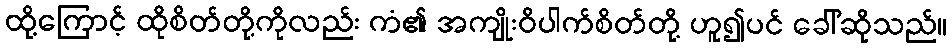
ထို့ကြောင့် ထိုစိတ်တို့ကိုလည်း ကံ၏ အကျိုးဝိပါက်စိတ်တို့ ဟူ၍ပင် ခေါ်ဆိုသည်။